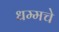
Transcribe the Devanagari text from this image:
धम्मचे